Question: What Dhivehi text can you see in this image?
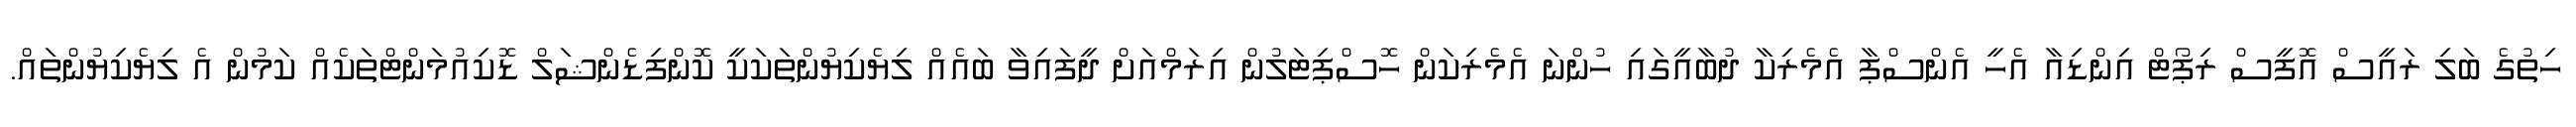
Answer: ހިތުގެ ބަލި ރައީސް އޮފީސް ރިޕޯޓް އިންޑިއާ އެހީ އެންސްޕާ އެމެރިކާ ދުބާއީގައި ހުންނަ އެމެރިކަން ހޮސްޕިޓަލުން އިރަމްއަށް ދީފައިވާ ބައެއް ލިޔެކިޔުންތަކަކީ ކޮންފިޑެންޝަލް ޑޮކިއުމަންޓްތަކެއް ކަމުން އެ ލިޔެކިޔުންތައް.